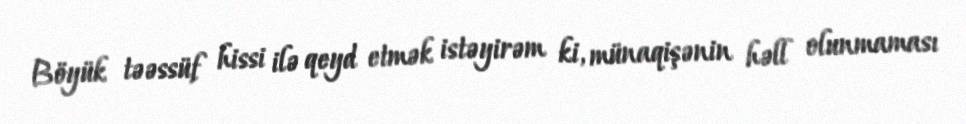
Böyük təəssüf hissi ilə qeyd etmək istəyirəm ki, münaqişənin həll olunmaması